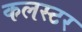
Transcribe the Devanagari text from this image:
कलस्टर